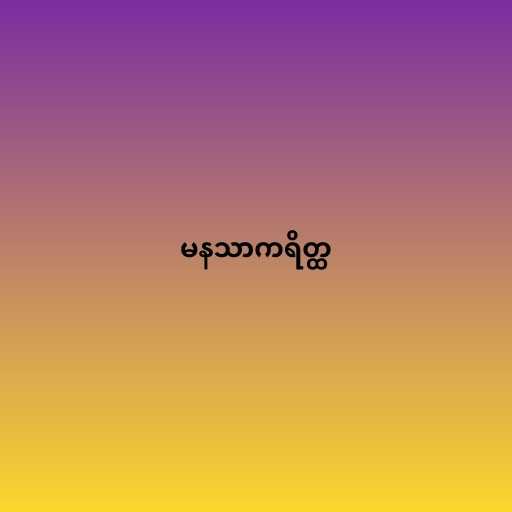
မနသာကရိတ္ထ